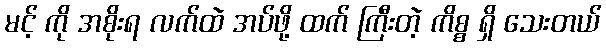
မင့် ကို အစိုးရ လက်ထဲ အပ်ဖို့ ထက် ကြီးတဲ့ ကိစ္စ ရှိ သေးတယ်